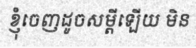
ខ្ញុំចេញដូចសម្តីឡើយ មិន